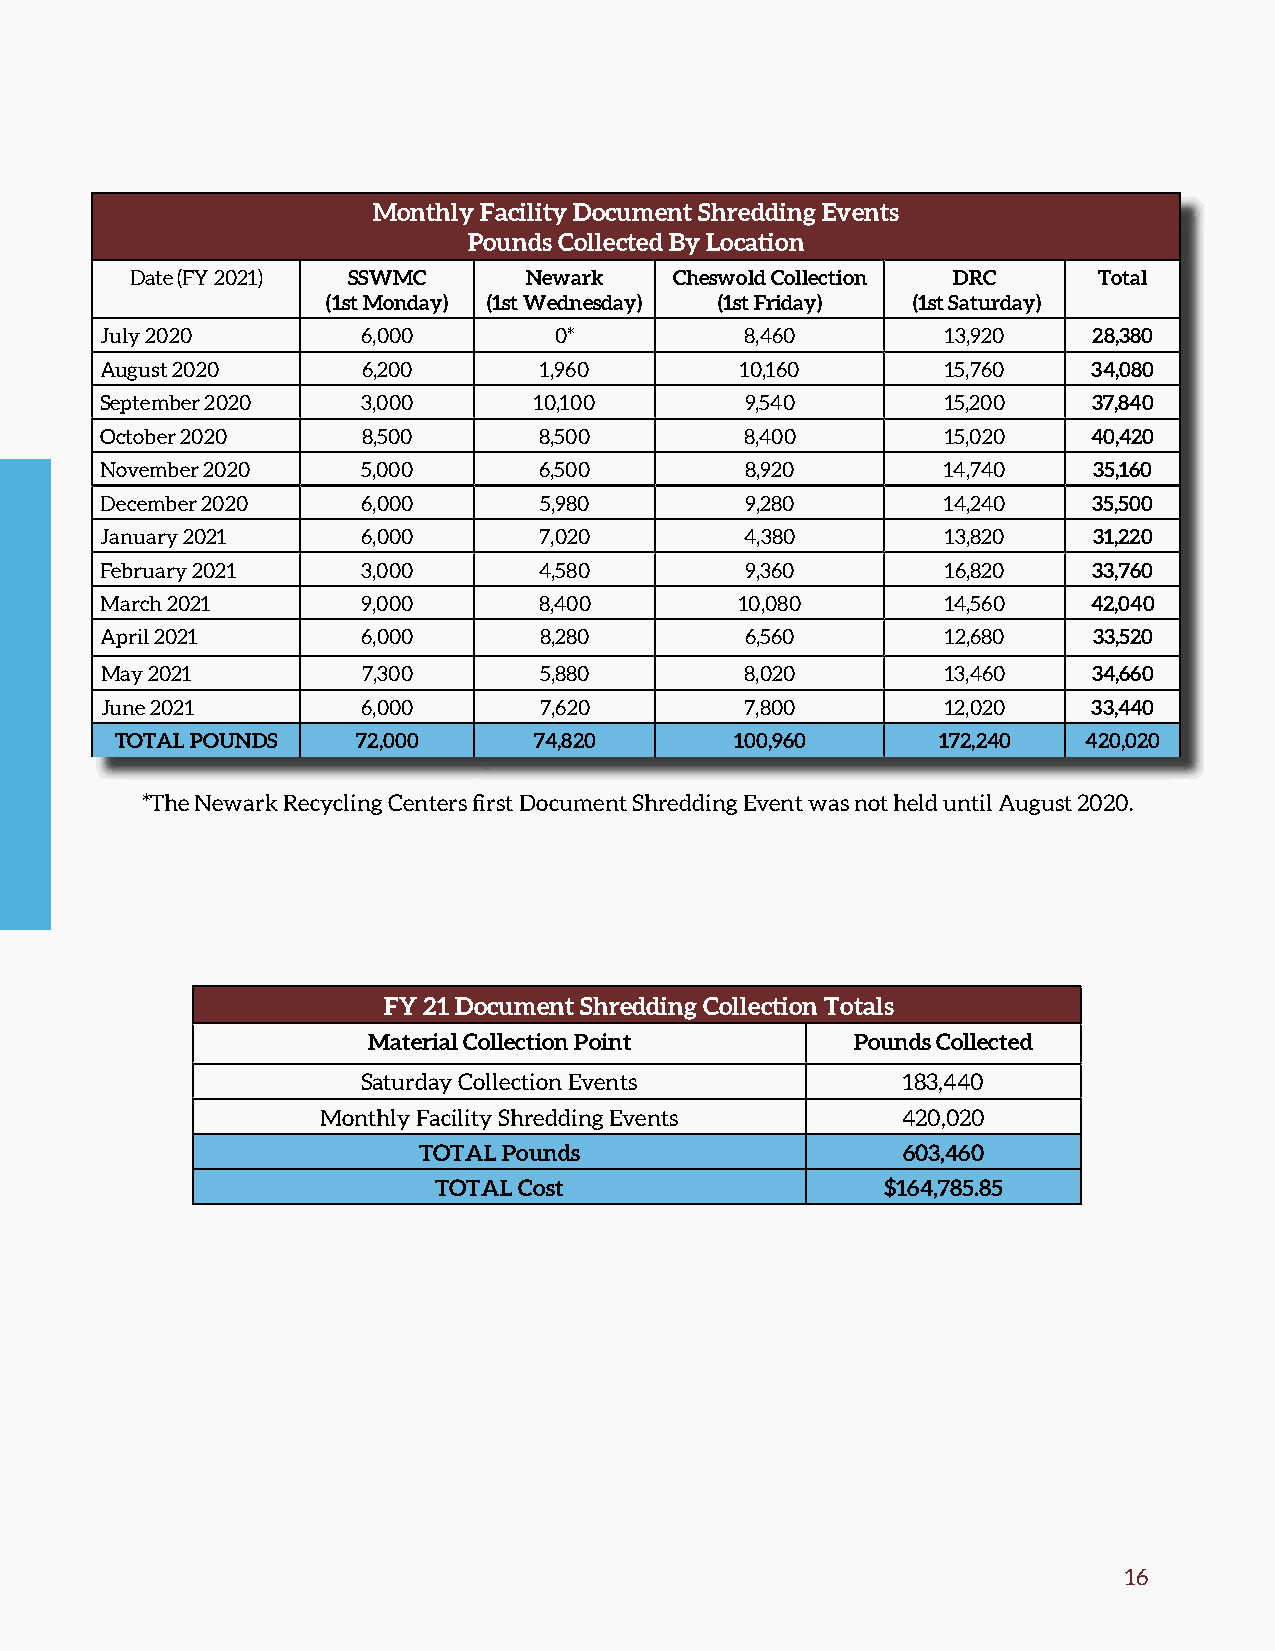
Monthly Facility Document Shredding Events
 Pounds Collected By Location
 Date (FY 2021) SSWMC      Newark    Cheswold Collection DRC     Total
 (1st Monday) (1st Wednesday) (1st Friday) (1st Saturday)
 July 2020        6,000        0*          8,460         13,920   28,380
 August 2020      6,200       1,960        10,160        15,760   34,080
 September 2020   3,000      10,100        9,540         15,200   37,840
 October 2020     8,500       8,500        8,400         15,020   40,420
 November 2020    5,000       6,500        8,920        14,740    35,160
 December 2020    6,000       5,980        9,280        14,240    35,500
 January 2021     6,000       7,020        4,380         13,820   31,220
 February 2021    3,000       4,580        9,360         16,820   33,760
 March 2021       9,000       8,400        10,080        14,560   42,040
 April 2021       6,000       8,280        6,560         12,680   33,520
 May 2021         7,300       5,880        8,020         13,460   34,660
 June 2021        6,000       7,620        7,800         12,020   33,440
 TOTAL POUNDS    72,000     74,820        100,960      172,240   420,020
 *The Newark Recycling Centers first Document Shredding Event was not held until August 2020.
 FY 21 Document Shredding Collection Totals
 Material Collection Point        Pounds Collected
 Saturday Collection Events          183,440
 Monthly Facility Shredding Events      420,020
 TOTAL Pounds                    603,460
 TOTAL Cost                    $164,785.85
 16